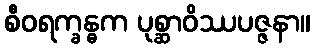
စီဝရက္ခန္ဓက ပုစ္ဆာဝိဿပဇ္ဇနာ။